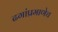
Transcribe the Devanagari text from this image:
ढगांप्रमाणेच